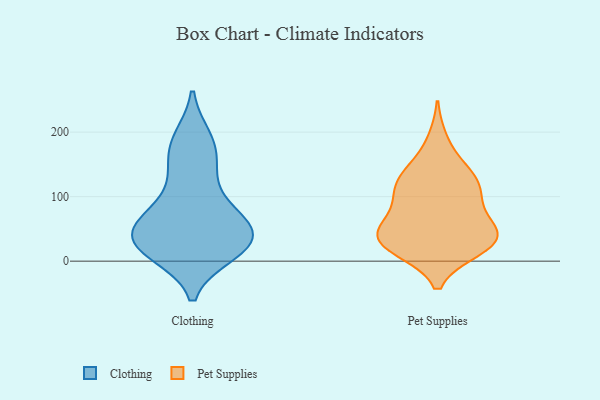
{"axis": {"x": "Active Users", "y": "Value"}, "legend": ["Clothing", "Pet Supplies"], "data": [{"x": "", "y": 190, "type": "Clothing"}, {"x": "", "y": 13, "type": "Clothing"}, {"x": "", "y": 170, "type": "Clothing"}, {"x": "", "y": 43, "type": "Clothing"}, {"x": "", "y": 36, "type": "Clothing"}, {"x": "", "y": 47, "type": "Clothing"}, {"x": "", "y": 22, "type": "Clothing"}, {"x": "", "y": 37, "type": "Clothing"}, {"x": "", "y": 86, "type": "Clothing"}, {"x": "", "y": 188, "type": "Clothing"}, {"x": "", "y": 68, "type": "Clothing"}, {"x": "", "y": 12, "type": "Clothing"}, {"x": "", "y": 71, "type": "Clothing"}, {"x": "", "y": 25, "type": "Clothing"}, {"x": "", "y": 141, "type": "Clothing"}, {"x": "", "y": 68, "type": "Clothing"}, {"x": "", "y": 134, "type": "Clothing"}, {"x": "", "y": 21, "type": "Clothing"}, {"x": "", "y": 144, "type": "Pet Supplies"}, {"x": "", "y": 43, "type": "Pet Supplies"}, {"x": "", "y": 40, "type": "Pet Supplies"}, {"x": "", "y": 56, "type": "Pet Supplies"}, {"x": "", "y": 46, "type": "Pet Supplies"}, {"x": "", "y": 99, "type": "Pet Supplies"}, {"x": "", "y": 41, "type": "Pet Supplies"}, {"x": "", "y": 102, "type": "Pet Supplies"}, {"x": "", "y": 77, "type": "Pet Supplies"}, {"x": "", "y": 188, "type": "Pet Supplies"}, {"x": "", "y": 127, "type": "Pet Supplies"}, {"x": "", "y": 17, "type": "Pet Supplies"}, {"x": "", "y": 19, "type": "Pet Supplies"}, {"x": "", "y": 45, "type": "Pet Supplies"}, {"x": "", "y": 120, "type": "Pet Supplies"}, {"x": "", "y": 106, "type": "Pet Supplies"}, {"x": "", "y": 17, "type": "Pet Supplies"}, {"x": "", "y": 140, "type": "Pet Supplies"}, {"x": "", "y": 23, "type": "Pet Supplies"}]}